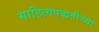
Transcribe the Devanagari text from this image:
साहित्यपद्धतीच्या